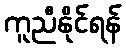
ကူညီနိုင်ရန်